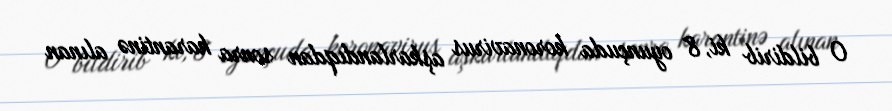
O bildirib ki, 8 oyunçuda koronavirus aşkarlandıqdan sonra karantinə alınan